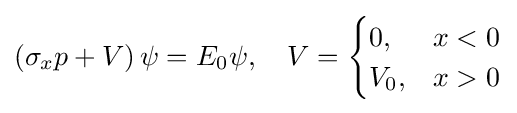
\left(\sigma _{x}p+V\right)\psi =E_{0}\psi ,\quad V={\begin{cases}0,&x<0\\V_{0},&x>0\end{cases}}